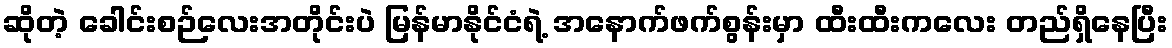
ဆိုတဲ့ ခေါင်းစဉ်လေးအတိုင်းပဲ မြန်မာနိုင်ငံရဲ့ အနောက်ဖက်စွန်းမှာ ထီးထီးကလေး တည်ရှိနေပြီး